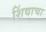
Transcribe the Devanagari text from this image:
शिंद्याचा